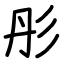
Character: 彤